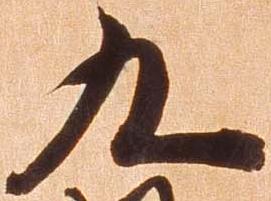
九